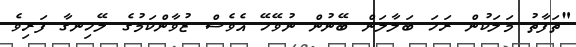
"ތަފާތު މަލަކުން ރަހަ ބަލާލަން ބޭނުން ނުވޭހޭ އެވެސް ޒުވާންކަމުގެ ލޭހިނގާ ފަރިވެ